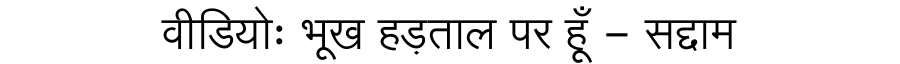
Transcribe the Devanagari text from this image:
वीडियोः भूख हड़ताल पर हूँ - सद्दाम